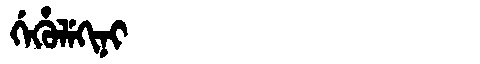
Manchu: ᡤᡝᡥᡠᠯᡝᡴᡳᠨᡳ
Romanization: GEHULEKINI